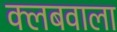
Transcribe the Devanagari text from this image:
क्लबवाला